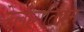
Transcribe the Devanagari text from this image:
टेलीगतिक्रम